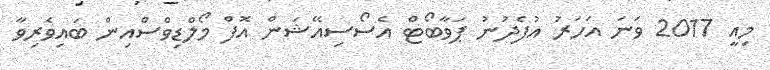
މިއީ 2017 ވަނަ އަހަރު އުފެދުނު ޕަވާބޯޓް އެސޯސިއޭޝަން އޮފް މޯލްޑިވްސްއިން ބައިވެރިވާ